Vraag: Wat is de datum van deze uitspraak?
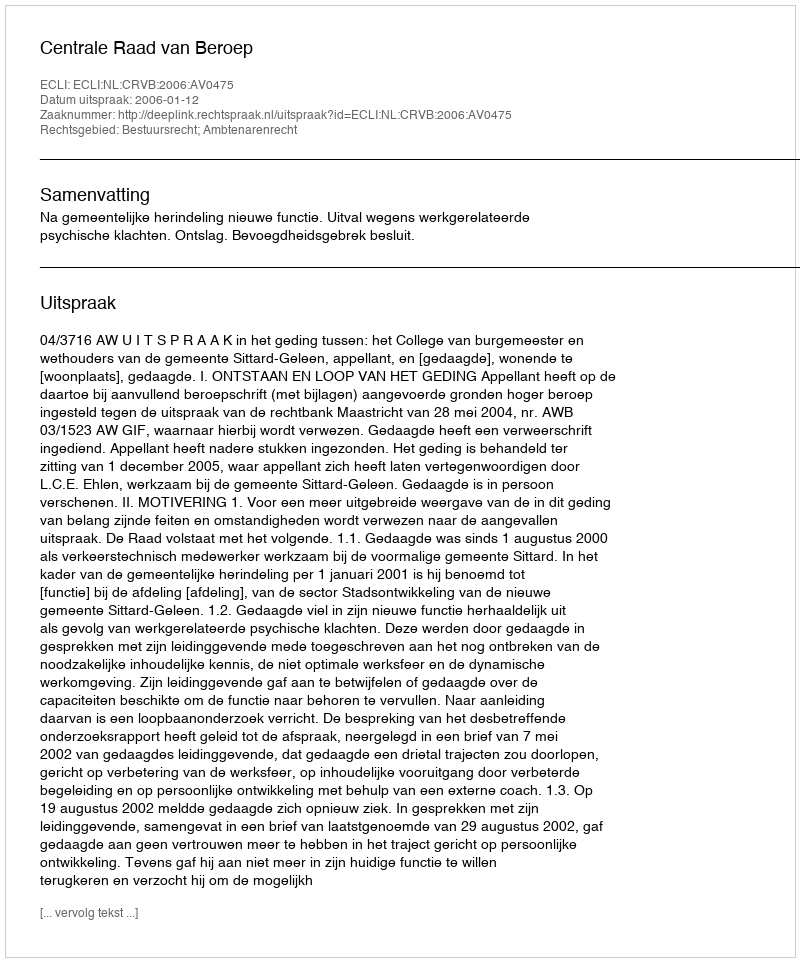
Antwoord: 2006-01-12